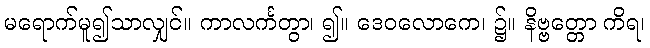
မရောက်မူ၍သာလျှင်။ ကာလင်္ကတွာ၊ ၍။ ဒေဝလောကေ၊ ၌။ နိဗ္ဗတ္တော ကိရ၊